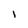
Character: i